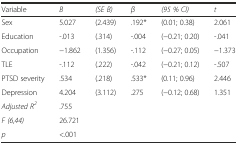
| Variable | B | (SE B) | β | (95 % CI) | t |
 | --- | --- | --- | --- | --- | --- |
 | Sex | 5.027 | (2.439) | .192* | (0.01; 0.38) | 2.061 |
 | Education | -.013 | (.314) | -.004 | (−0.21; 0.20) | -.041 |
 | Occupation | −1.862 | (1.356) | -.112 | (−0.27; 0.05) | −1.373 |
 | TLE | -.112 | (.222) | -.042 | (−0.21; 0.12) | -.507 |
 | PTSD severity | .534 | (.218) | .533* | (0.11; 0.96) | 2.446 |
 | Depression | 4.204 | (3.112) | .275 | (−0.12; 0.68) | 1.351 |
 | Adjusted R2 | <COLSPAN=3> .755 |  |  |
 | F (6,44) | <COLSPAN=3> 26.721 |  |  |
 | p | <COLSPAN=3> <.001 |  |  |